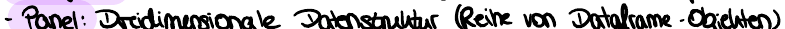
- Panel: Dreidimensionale Datenstruktur (Reihe von Dataframe-Objekten)